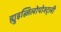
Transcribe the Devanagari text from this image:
ह्युइत्ज़िलोपोश्ट्ली